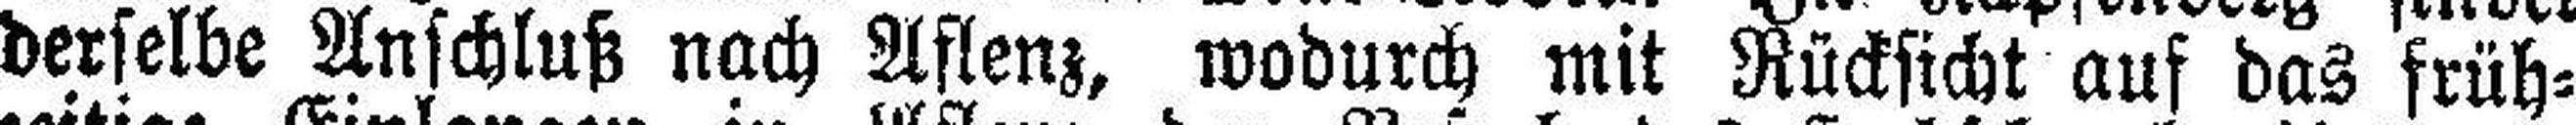
derselbe Anschluß nach Aflenz, wodurch mit Rücksicht auf das früh¬